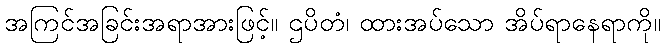
အကြင်အခြင်းအရာအားဖြင့်။ ဌပိတံ၊ ထားအပ်သော အိပ်ရာနေရာကို။